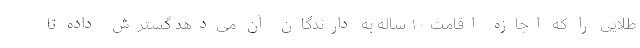
طلایی را که اجازه اقامت ۱۰ ساله به دارندگان آن می‌دهد گسترش داده تا